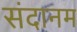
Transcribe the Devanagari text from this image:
संदानम